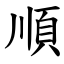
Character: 順